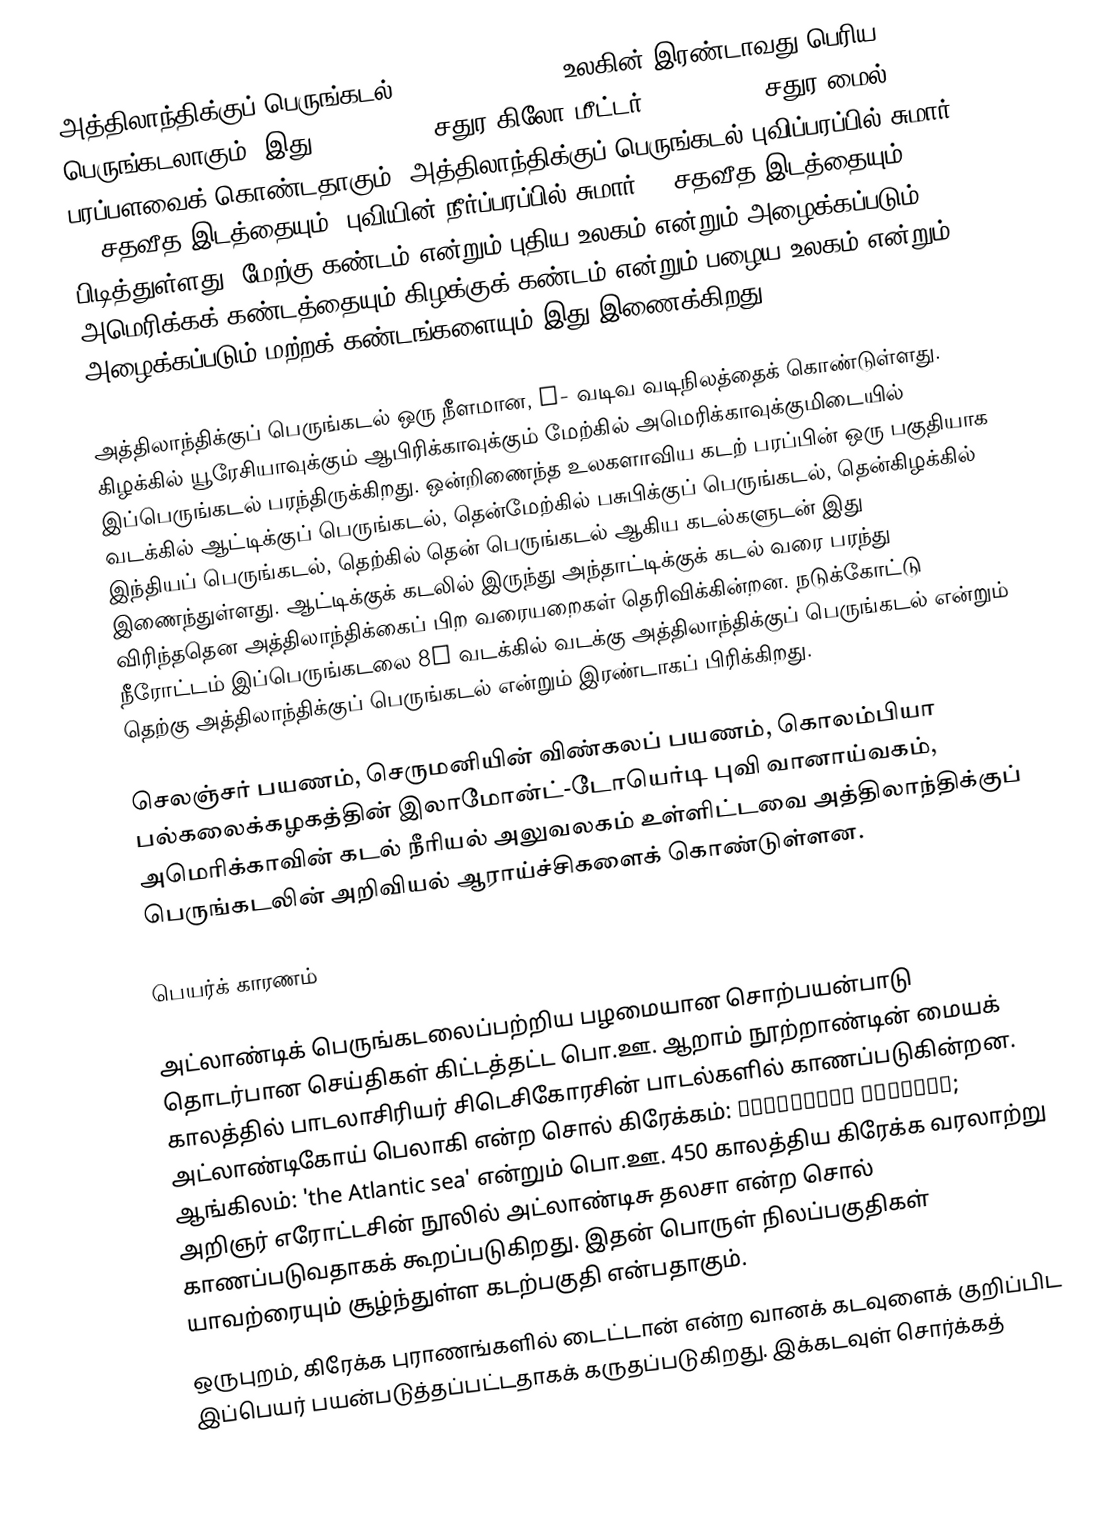
அத்திலாந்திக்குப் பெருங்கடல் (Atlantic Ocean) உலகின் இரண்டாவது பெரிய பெருங்கடலாகும். இது 106,400,000 சதுர கிலோ மீட்டர் (41,100,000 சதுர மைல்) பரப்பளவைக் கொண்டதாகும். அத்திலாந்திக்குப் பெருங்கடல் புவிப்பரப்பில் சுமார் 20 சதவீத இடத்தையும், புவியின் நீர்ப்பரப்பில் சுமார் 29 சதவீத இடத்தையும் பிடித்துள்ளது. மேற்கு கண்டம் என்றும் புதிய உலகம் என்றும் அழைக்கப்படும் அமெரிக்கக் கண்டத்தையும் கிழக்குக் கண்டம் என்றும் பழைய உலகம் என்றும் அழைக்கப்படும் மற்றக் கண்டங்களையும் இது இணைக்கிறது.

அத்திலாந்திக்குப் பெருங்கடல் ஒரு நீளமான, S- வடிவ வடிநிலத்தைக் கொண்டுள்ளது. கிழக்கில் யூரேசியாவுக்கும் ஆபிரிக்காவுக்கும் மேற்கில் அமெரிக்காவுக்குமிடையில் இப்பெருங்கடல் பரந்திருக்கிறது. ஒன்றிணைந்த உலகளாவிய கடற் பரப்பின் ஒரு பகுதியாக வடக்கில் ஆட்டிக்குப் பெருங்கடல், தென்மேற்கில் பசுபிக்குப் பெருங்கடல், தென்கிழக்கில் இந்தியப் பெருங்கடல், தெற்கில்  தென் பெருங்கடல் ஆகிய கடல்களுடன் இது இணைந்துள்ளது. ஆட்டிக்குக் கடலில் இருந்து அந்தாட்டிக்குக் கடல் வரை பரந்து விரிந்ததென அத்திலாந்திக்கைப் பிற வரையறைகள் தெரிவிக்கின்றன. நடுக்கோட்டு நீரோட்டம் இப்பெருங்கடலை 8° வடக்கில் வடக்கு அத்திலாந்திக்குப் பெருங்கடல் என்றும் தெற்கு அத்திலாந்திக்குப் பெருங்கடல் என்றும் இரண்டாகப் பிரிக்கிறது.

செலஞ்சர் பயணம், செருமனியின் விண்கலப் பயணம், கொலம்பியா பல்கலைக்கழகத்தின் இலாமோன்ட்-டோயெர்டி புவி வானாய்வகம், அமெரிக்காவின் கடல் நீரியல் அலுவலகம் உள்ளிட்டவை அத்திலாந்திக்குப் பெருங்கடலின்  அறிவியல் ஆராய்ச்சிகளைக் கொண்டுள்ளன.

பெயர்க் காரணம்

அட்லாண்டிக் பெருங்கடலைப்பற்றிய பழமையான சொற்பயன்பாடு தொடர்பான செய்திகள் கிட்டத்தட்ட பொ.ஊ. ஆறாம் நூற்றாண்டின் மையக் காலத்தில் பாடலாசிரியர் சிடெசிகோரசின் பாடல்களில் காணப்படுகின்றன. அட்லாண்டிகோய் பெலாகி என்ற சொல் கிரேக்கம்: Ἀτλαντικῷ πελάγει; ஆங்கிலம்: 'the Atlantic sea' என்றும் பொ.ஊ. 450 காலத்திய கிரேக்க வரலாற்று அறிஞர் எரோட்டசின் நூலில் அட்லாண்டிசு தலசா என்ற சொல் காணப்படுவதாகக் கூறப்படுகிறது. இதன் பொருள் நிலப்பகுதிகள் யாவற்ரையும் சூழ்ந்துள்ள கடற்பகுதி என்பதாகும்.
ஒருபுறம், கிரேக்க புராணங்களில் டைட்டான் என்ற வானக் கடவுளைக் குறிப்பிட இப்பெயர் பயன்படுத்தப்பட்டதாகக் கருதப்படுகிறது. இக்கடவுள் சொர்க்கத்